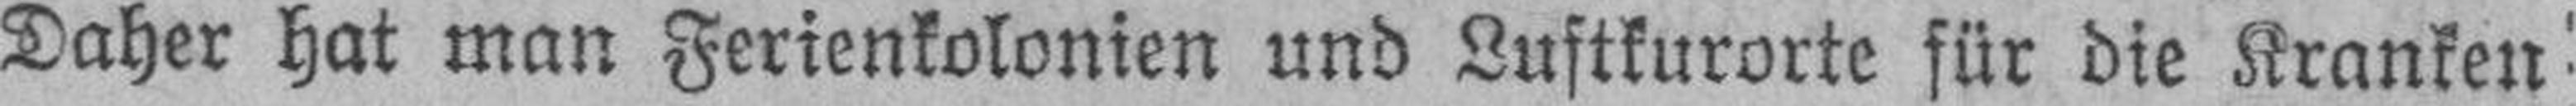
Daher hat man Ferienkolonien und Luftkurorte für die Kranken